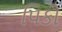
પિકો